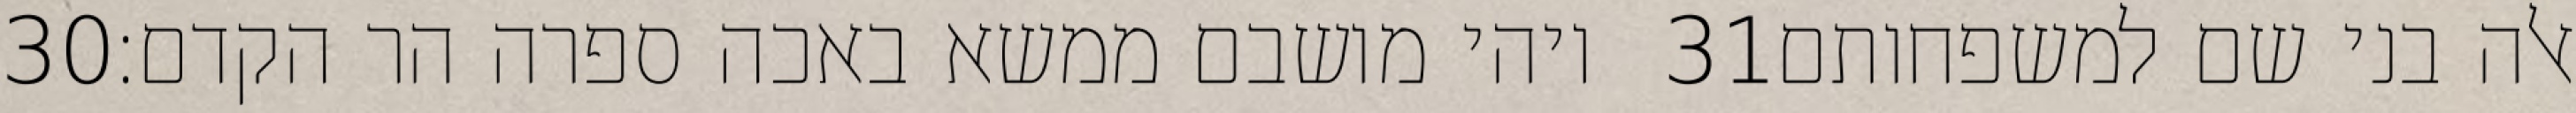
‎30‏ ויהי מושבם ממשא באכה ספרה הר הקדם׃ ‎31‏ אלה בני שם למשפחותם